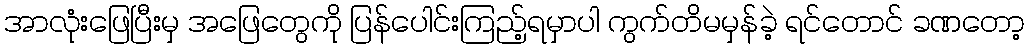
အာလုံးဖြေပြီးမှ အဖြေတွေကို ပြန်ပေါင်းကြည့်ရမှာပါ ကွက်တိမမှန်ခဲ့ ရင်တောင် ခဏတော့